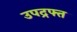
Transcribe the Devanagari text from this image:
उपद्रफ्त